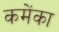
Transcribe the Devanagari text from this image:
कमेंका